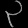
Digit: ၃